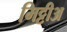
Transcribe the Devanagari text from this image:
मिट्टीअ